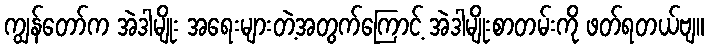
ကျွန်တော်က အဲဒါမျိုး အရေးများတဲ့အတွက်ကြောင့် အဲဒါမျိုးစာတမ်းကို ဖတ်ရတယ်ဗျ။